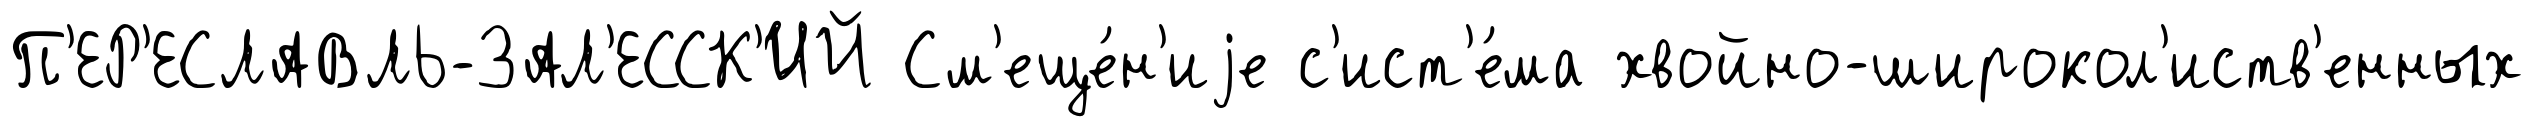
П'ЕР'ЕСЛАВЛЬ-ЗАЛ'ЕССК'ИЙ См'еще́н'иjе с'ист'е́ма хвойно-широкол'иств'енных